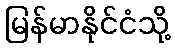
မြန်မာနိုင်ငံသို့